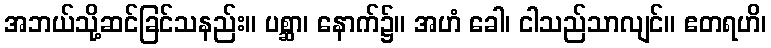
အဘယ်သို့ဆင်ခြင်သနည်း။ ပစ္ဆာ၊ နောက်၌။ အဟံ ခေါ၊ ငါသည်သာလျင်။ ဧတရဟိ၊